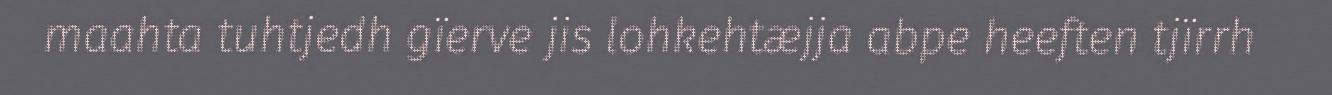
maahta tuhtjedh gïerve jis lohkehtæjja abpe heeften tjïrrh